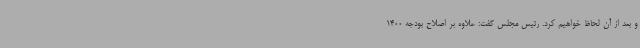
و بعد از آن لحاظ خواهیم کرد. رئیس مجلس گفت: علاوه بر اصلاح بودجه 1400